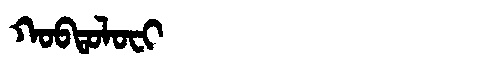
Manchu: ᡴᠣᠪᡨᠣᠯᠣᠸᡳ
Romanization: KOBTOLOFI